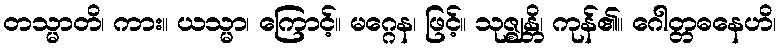
တသ္မာတိ၊ ကား။ ယသ္မာ၊ ကြောင့်။ မဂ္ဂေန၊ ဖြင့်။ သုဇ္ဈန္တိ၊ ကုန်၏။ ဂေါတ္တဓနေဟိ၊